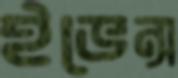
ইভেন্স